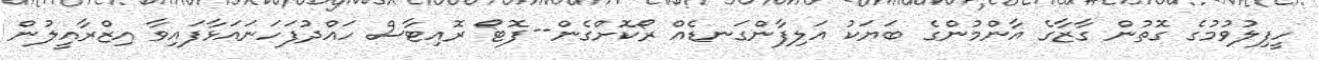
ހީފިލުވުމުގެ ގޮތުން ގާޒާގެ އާންމުންގެ ބަޔަކު އަލިފާންގަނޑެއް ރޯކޮށްގެން--ފޮޓޯ ރޮއިޓާސް ހައްދުފަހަނައަޅާފައިވާ އިޒްރާއީލުން